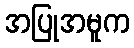
အပြုအမူက